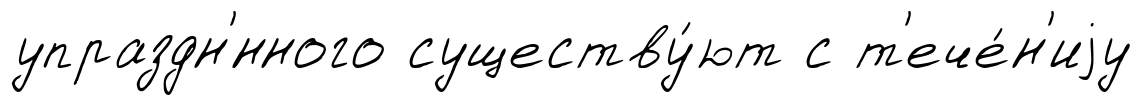
упраздн'́нного существу́ют с т'ече́н'иjу